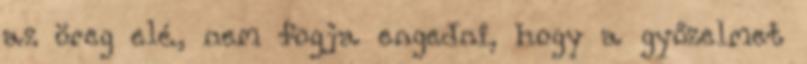
az öreg elé, nem fogja engedni, hogy a győzelmet